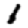
Digit: 1